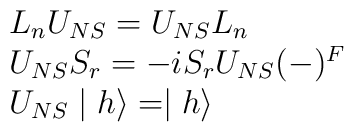
\begin{array}{l}L_nU_{NS}=U_{NS}L_n \\ U_{NS}S_r=-iS_rU_{NS}(-)^F \\ U_{NS}\mid h\rangle =\mid h\rangle\end{array}